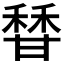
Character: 𬓶